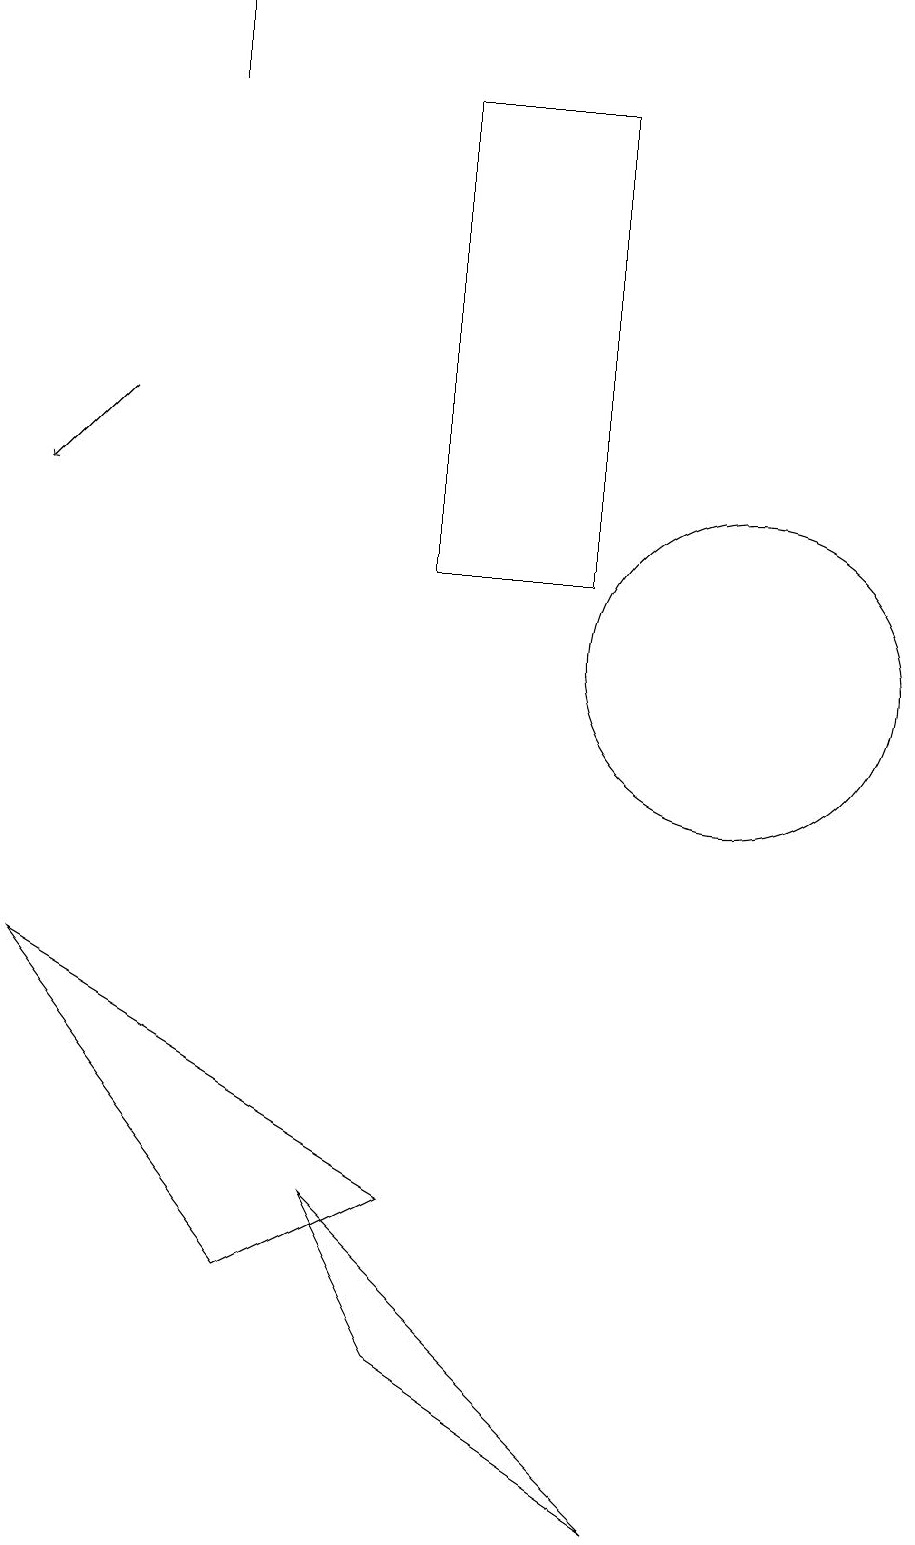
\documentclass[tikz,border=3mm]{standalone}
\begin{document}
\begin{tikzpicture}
\draw (4,3) -- (1,7) -- (6,4) -- cycle;
\draw (3,19) rectangle (3,18);
\draw (8,18) rectangle (6,12);
\draw[->] (2,14) -- (1,13);
\draw (10,11) circle (2);
\draw (5,4) -- (6,2) -- (9,0) -- cycle;
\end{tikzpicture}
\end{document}